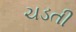
ચડતી